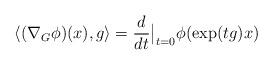
LaTeX: \begin{align*}\langle (\nabla_{G}\phi)(x),g \rangle=\frac{d}{dt}\big|_{t=0}\phi(\exp(tg)x)\end{align*}